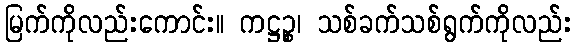
မြက်ကိုလည်းကောင်း။ ကဋ္ဌဉ္စ၊ သစ်ခက်သစ်ရွက်ကိုလည်း